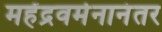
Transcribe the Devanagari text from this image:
महेंद्रवर्मनानंतर